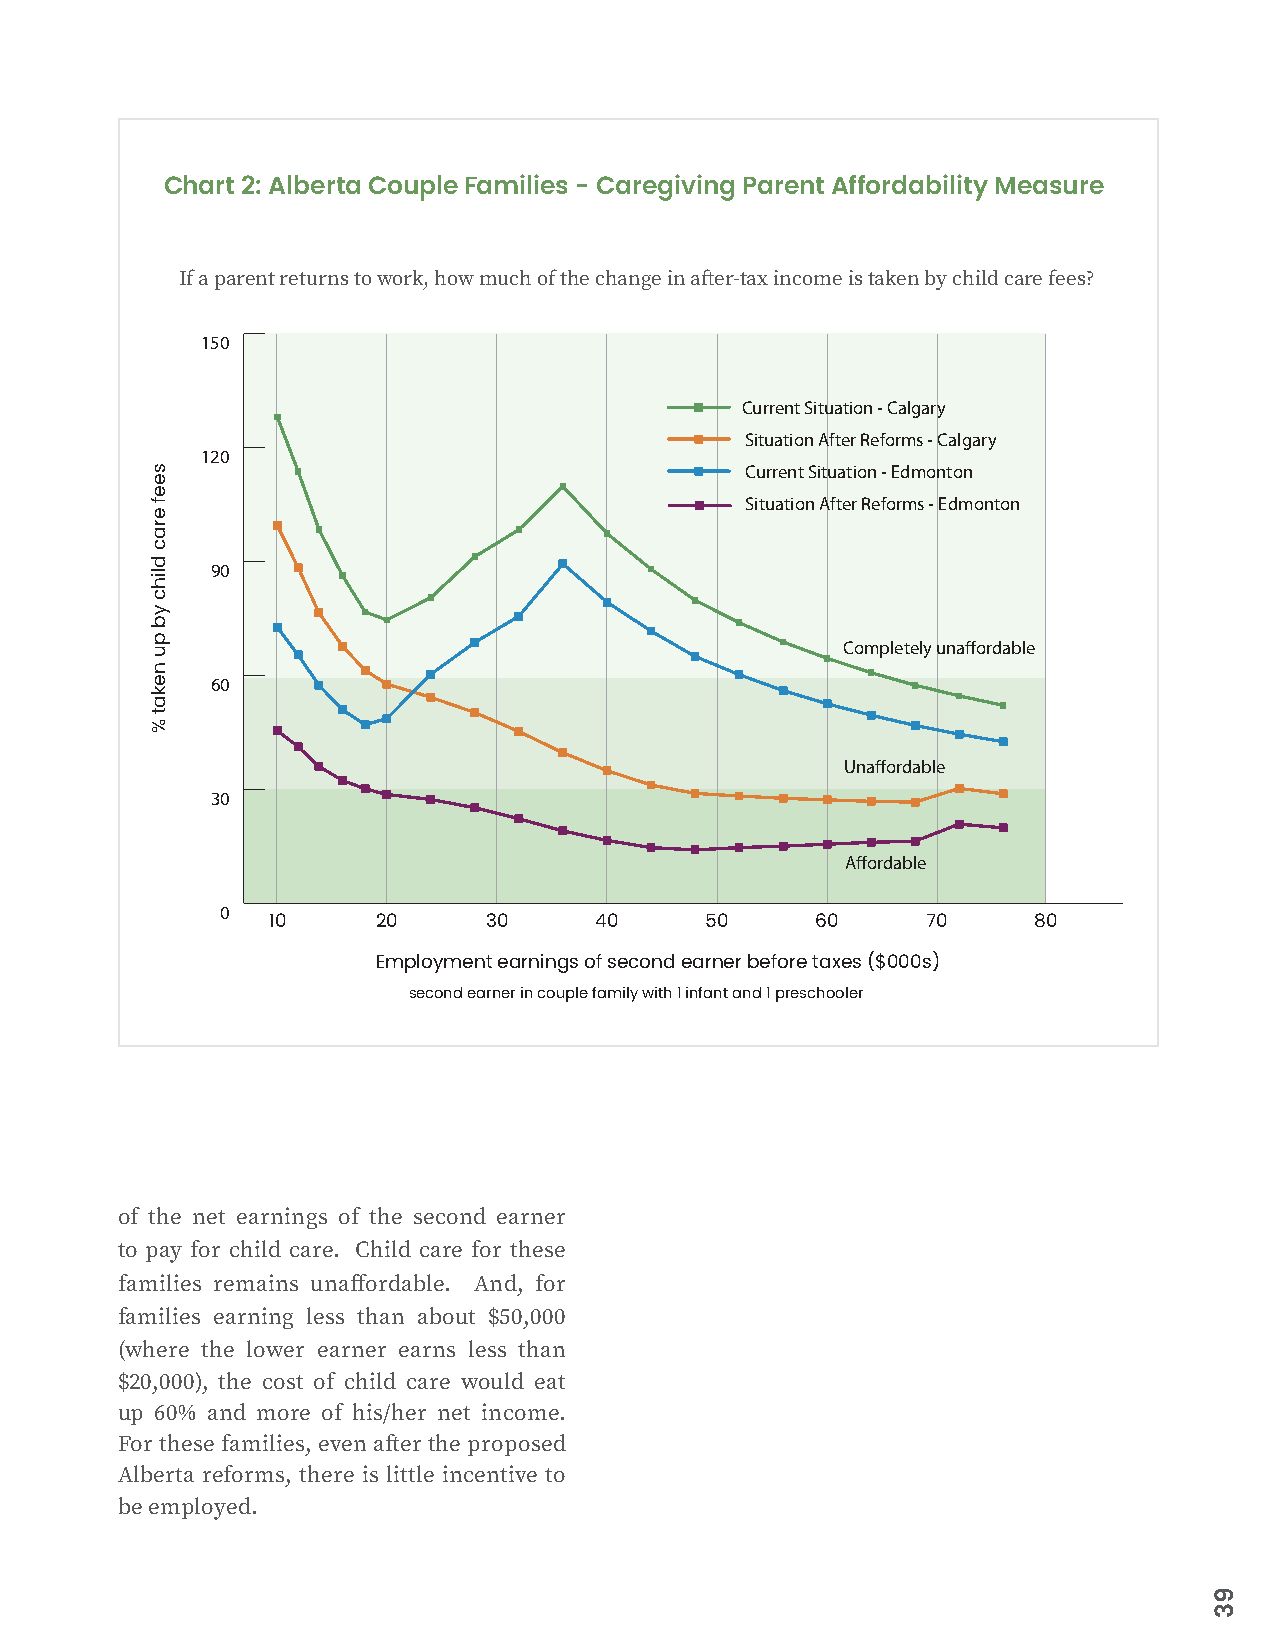
Chart 2: Alberta Couple Families - Caregiving Parent Affordability Measure
 If a parent returns to work, how much of the change in after-tax income is taken by child care fees?
 150
 Current Situation - Calgary
 Situation After Reforms - Calgary
 120
 Current Situation - Edmonton
 Situation After Reforms - Edmonton
 90
 Completely unaffordable
 60
 Unaffordable
 30
 Affordable
 0
 10     20     30     40      50     60     70     80
 Employment earnings of second earner before taxes ($000s)
 second earner in couple family with 1 infant and 1 preschooler
 of the net earnings of the second earner
 to pay for child care. Child care for these
 families remains unaffordable. And, for
 families earning less than about $50,000
 (where the lower earner earns less than
 $20,000), the cost of child care would eat
 up 60% and more of his/her net income.
 For these families, even after the proposed
 Alberta reforms, there is little incentive to
 be employed.
 seef
 erac
 dlihc
 yb
 pu
 nekat
 %
 93